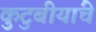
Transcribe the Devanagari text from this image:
कुटुबीयांचे